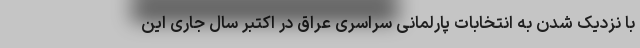
با نزدیک شدن به انتخابات پارلمانی سراسری عراق در اکتبر سال جاری این